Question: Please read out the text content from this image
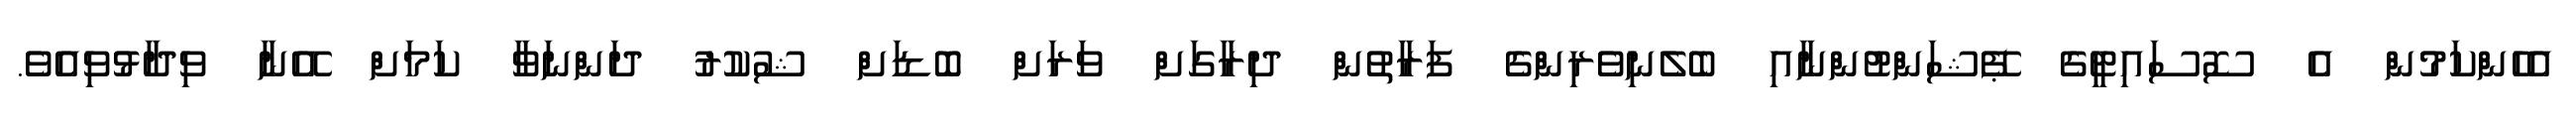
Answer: އެހެންކަމުން އެ ސޮސައިޓީގެ ޕޭޝަންޓުންނާއި ބެލެނިވެރިންގެ ފަރާތުން ދިރާގަށް ވަރަށް ބޮޑަށް ޝުކުރު ދަންނަވާ ކަމަށް އޭނާ ވިދާޅުވިއެވެ.